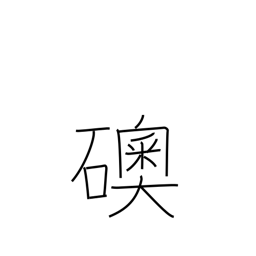
Meaning: jewel